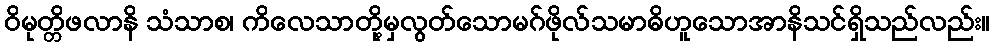
ဝိမုတ္တိဖလာနိ သံသာစ၊ ကိလေသာတို့မှလွတ်သောမဂ်ဖိုလ်သမာဓိဟူသောအာနိသင်ရှိသည်လည်း။